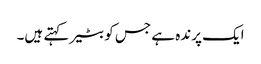
ایک پرندہ ہے جس کو بٹیر کہتے ہیں۔